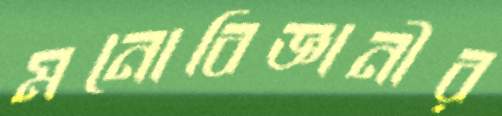
মনোবিজ্ঞানীর